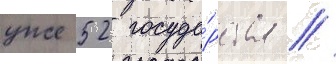
уже 52 госуда́рства //